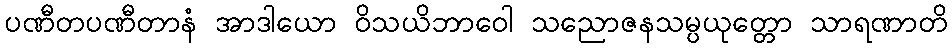
ပဏီတပဏီတာနံ အာဒါယော ဝိသယိဘာဝေါ သညောဇနသမ္ပယုတ္တော သာရဏာတိ